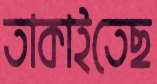
তাকাইতেছ